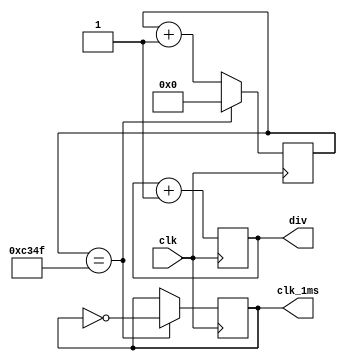
`timescale 1ns / 1ps
//////////////////////////////////////////////////////////////////////////////////
// Company: 
// Engineer: 
// 
// Design Name: 
// Module Name:    clk_div 
// Project Name: 
// Target Devices: 
// Tool versions: 
// Description: 
//
// Dependencies: 
//
// Revision: 
// Revision 0.01 - File Created
// Additional Comments: 
//
//////////////////////////////////////////////////////////////////////////////////
module clk_div(
    input clk,
    output reg [31:0] div = 0,
    output reg clk_1ms = 0
    );

    reg [15:0] clk_1ms_counter = 0;

    always@(posedge clk) begin
      div <= div + 1'b1;
      // generate 1 ms clock signal
      // count to 49999
      if(clk_1ms_counter == 49_999)begin
        clk_1ms <= ~clk_1ms;
        clk_1ms_counter <= 0;
      end
      else begin
        clk_1ms_counter <= clk_1ms_counter + 1;
      end
    end

endmodule